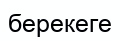
берекеге